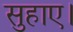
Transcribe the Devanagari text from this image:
सुहाए।